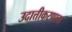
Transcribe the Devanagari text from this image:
उदात्तीकरणाचा